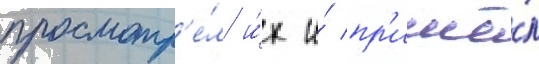
просмотр'е́л и́х и́ пр'ишё́л